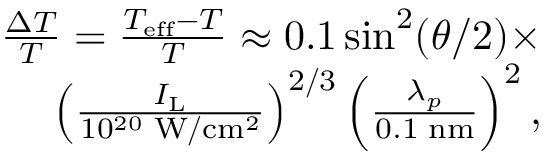
\begin{array} { r } { \frac { \Delta T } { T } = \frac { T _ { \mathrm { e f f } } - T } { T } \approx 0 . 1 \sin ^ { 2 } ( \theta / 2 ) \times } \\ { \left( \frac { I _ { \mathrm { L } } } { 1 0 ^ { 2 0 } \, \, \mathrm { W / c m ^ { 2 } } } \right) ^ { 2 / 3 } \left( \frac { \lambda _ { p } } { 0 . 1 \, \, \mathrm { n m } } \right) ^ { 2 } , } \end{array}